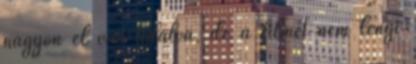
nagyon el van találva, de a filmet nem lengi